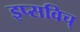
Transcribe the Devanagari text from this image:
इप्सविच्‌